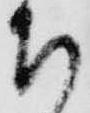
ち